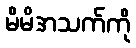
မိမိအသက်ကို